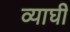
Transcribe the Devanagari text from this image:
व्याघी